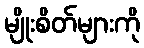
မျိုးစိတ်များကို